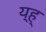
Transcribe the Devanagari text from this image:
य्ह्